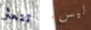
تتعثر ليس